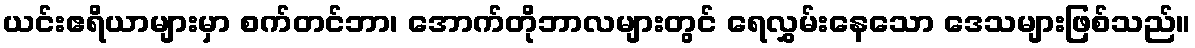
ယင်းဧရိယာများမှာ စက်တင်ဘာ၊ အောက်တိုဘာလများတွင် ရေလွှမ်းနေသော ဒေသများဖြစ်သည်။